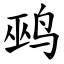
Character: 鹀